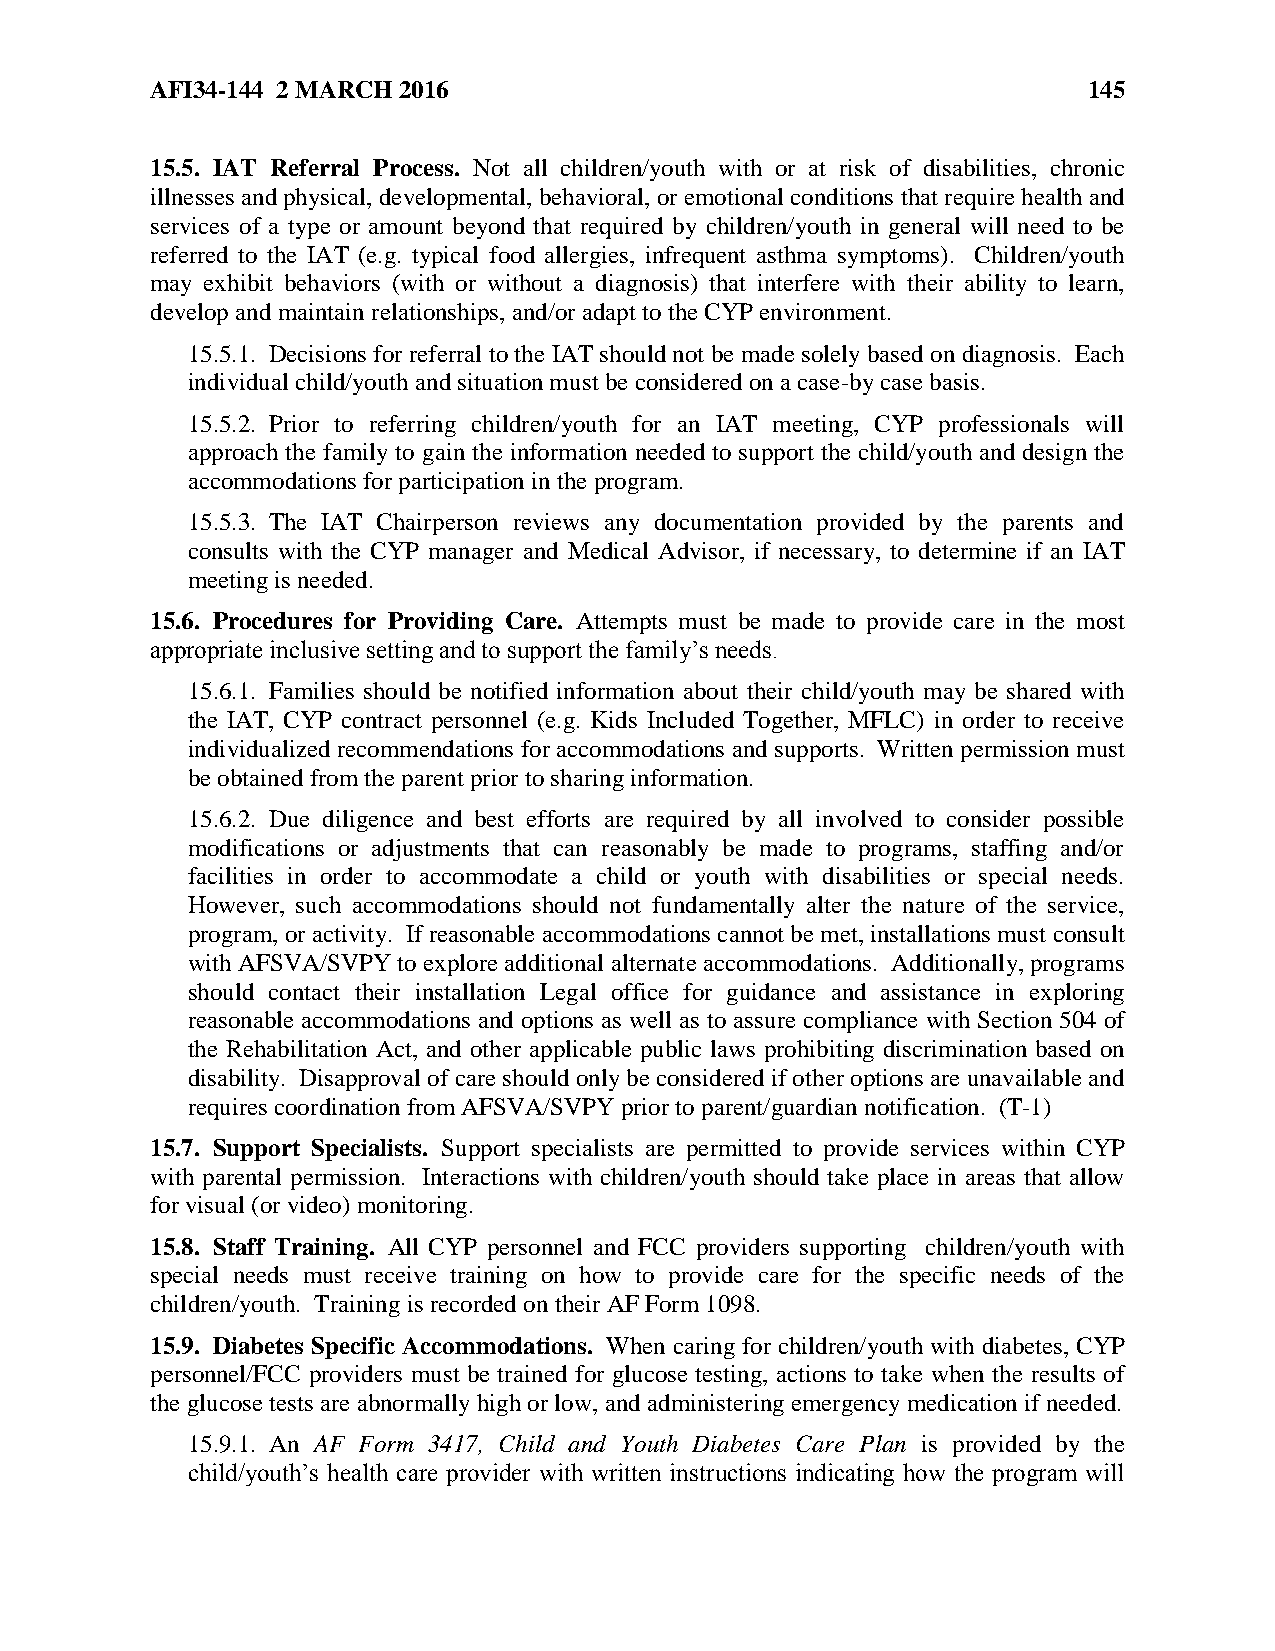
AFI34-144 2 MARCH 2016                                        145
 15.5. IAT Referral Process. Not all children/youth with or at risk of disabilities, chronic
 illnesses and physical, developmental, behavioral, or emotional conditions that require health and
 services of a type or amount beyond that required by children/youth in general will need to be
 referred to the IAT (e.g. typical food allergies, infrequent asthma symptoms). Children/youth
 may exhibit behaviors (with or without a diagnosis) that interfere with their ability to learn,
 develop and maintain relationships, and/or adapt to the CYP environment.
 15.5.1. Decisions for referral to the IAT should not be made solely based on diagnosis. Each
 individual child/youth and situation must be considered on a case-by case basis.
 15.5.2. Prior to referring children/youth for an IAT meeting, CYP professionals will
 approach the family to gain the information needed to support the child/youth and design the
 accommodations for participation in the program.
 15.5.3. The IAT Chairperson reviews any documentation provided by the parents and
 consults with the CYP manager and Medical Advisor, if necessary, to determine if an IAT
 meeting is needed.
 15.6. Procedures for Providing Care. Attempts must be made to provide care in the most
 appropriate inclusive setting and to support the family’s needs.
 15.6.1. Families should be notified information about their child/youth may be shared with
 the IAT, CYP contract personnel (e.g. Kids Included Together, MFLC) in order to receive
 individualized recommendations for accommodations and supports. Written permission must
 be obtained from the parent prior to sharing information.
 15.6.2. Due diligence and best efforts are required by all involved to consider possible
 modifications or adjustments that can reasonably be made to programs, staffing and/or
 facilities in order to accommodate a child or youth with disabilities or special needs.
 However, such accommodations should not fundamentally alter the nature of the service,
 program, or activity. If reasonable accommodations cannot be met, installations must consult
 with AFSVA/SVPY to explore additional alternate accommodations. Additionally, programs
 should contact their installation Legal office for guidance and assistance in exploring
 reasonable accommodations and options as well as to assure compliance with Section 504 of
 the Rehabilitation Act, and other applicable public laws prohibiting discrimination based on
 disability. Disapproval of care should only be considered if other options are unavailable and
 requires coordination from AFSVA/SVPY prior to parent/guardian notification. (T-1)
 15.7. Support Specialists. Support specialists are permitted to provide services within CYP
 with parental permission. Interactions with children/youth should take place in areas that allow
 for visual (or video) monitoring.
 15.8. Staff Training. All CYP personnel and FCC providers supporting children/youth with
 special needs must receive training on how to provide care for the specific needs of the
 children/youth. Training is recorded on their AF Form 1098.
 15.9. Diabetes Specific Accommodations. When caring for children/youth with diabetes, CYP
 personnel/FCC providers must be trained for glucose testing, actions to take when the results of
 the glucose tests are abnormally high or low, and administering emergency medication if needed.
 15.9.1. An AF Form 3417, Child and Youth Diabetes Care Plan is provided by the
 child/youth’s health care provider with written instructions indicating how the program will